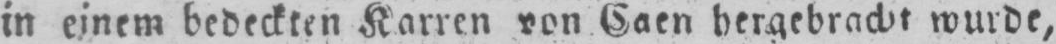
in einem bedeckten Karren von Caen hergebracht wurde,